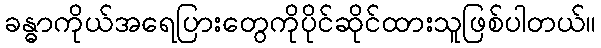
ခန္ဓာကိုယ်အရေပြားတွေကိုပိုင်ဆိုင်ထားသူဖြစ်ပါတယ်။